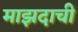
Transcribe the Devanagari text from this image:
माझदाची